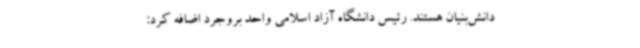
دانش‌بنیان هستند. رئیس دانشگاه آزاد اسلامی واحد بروجرد اضافه کرد: